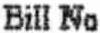
BILL NO